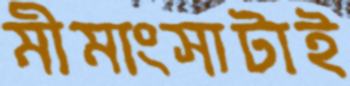
মীমাংসাটাই